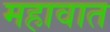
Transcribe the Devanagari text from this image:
महावात